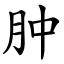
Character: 肿